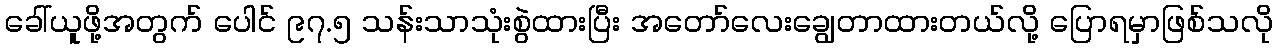
ခေါ်ယူဖို့အတွက် ပေါင် ၉၇.၅ သန်းသာသုံးစွဲထားပြီး အတော်လေးချွေတာထားတယ်လို့ ပြောရမှာဖြစ်သလို